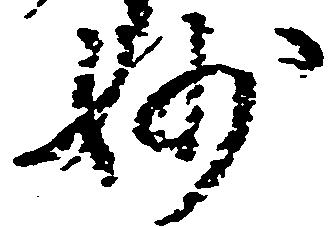
妙